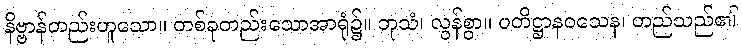
နိဗ္ဗာန်တည်းဟူသော။ တစ်ခုတည်းသောအာရုံ၌။ ဘုသံ၊ လွန်စွာ။ ပတိဋ္ဌာနဝသေန၊ တည်သည်၏